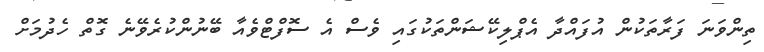
ތިންވަނަ ފަރާތަކުން އުފައްދާ އެޕްލިކޭޝަންތަކުގައި ވެސް އެ ސޮފްޓްވެއާ ބޭނުންކުރެވޭނެ ގޮތް ހެދުމަށް